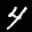
Label: 4